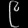
Digit: ၉